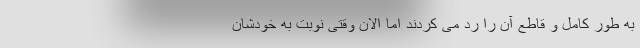
به طور کامل و قاطع آن را رد می کردند اما الان وقتی نوبت به خودشان